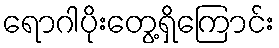
ရောဂါပိုးတွေ့ရှိကြောင်း